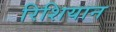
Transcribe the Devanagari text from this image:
रिशियान